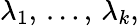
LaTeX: \lambda_{1},\, \ldots,\, \lambda_{k},